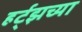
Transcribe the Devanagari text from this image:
हर्ट्‌झच्या